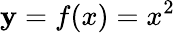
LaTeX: \mathbf{y}=f(x)=x^{2}